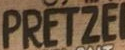
PRETZEL